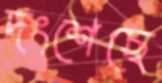
দংশেছে